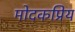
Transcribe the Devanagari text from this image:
मोदकप्रिय